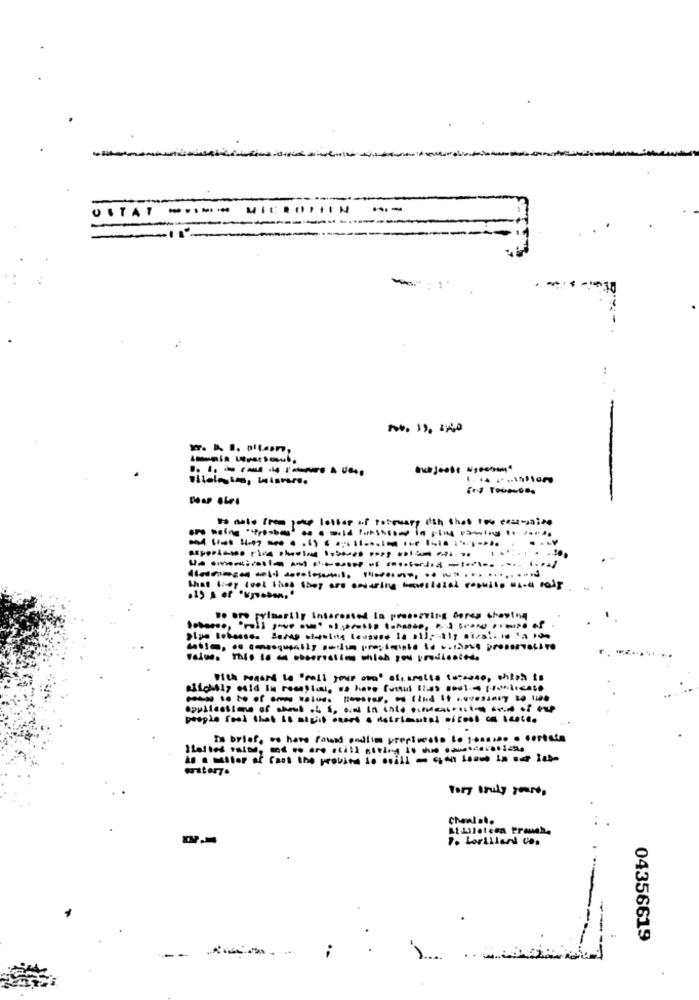
-...- Mi
--
USTAT
-
-
...........
so oro primarily interested la preserving deres chewing
With power to call your own" sfrarotto toirose, shish to
------------ -
people feel that is might snart a deiriautal of cool ca Scetta
Tory truly yours,
Chealat.
7. Lorillard CD.
04356619
.. 4
--